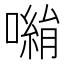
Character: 𭋀